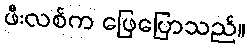
ဖီးလစ်က ဖြေပြောသည်။